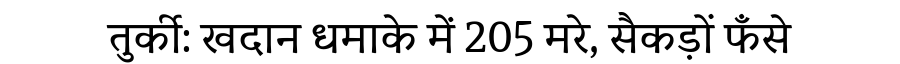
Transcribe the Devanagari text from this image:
तुर्की: खदान धमाके में 205 मरे, सैकड़ों फँसे